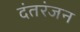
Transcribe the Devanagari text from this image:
दंतरंजन